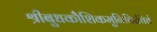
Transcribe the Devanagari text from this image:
श्रीबुधकौशिकमुनिविरचितं